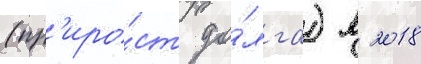
(пр'иро́ст до́лга) в 2018